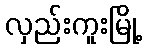
လှည်းကူးမြို့